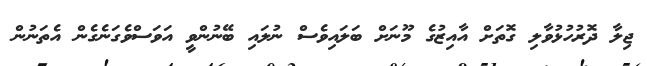
ޖިލާ ދޮރުހުޅުވާލި ގޮތަށް އާއިޒުގެ މޫނަށް ބަލައިވެސް ނުލައި ބޭނުންވީ އަވަސްވެގަނެގެން އެތަނުން